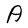
Character: A